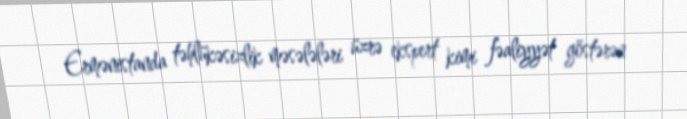
Ermənistanda təhlükəsizlik məsələləri üzrə ekspert kimi fəaliyyət göstərən